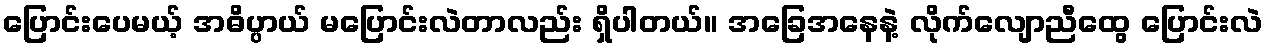
ပြောင်းပေမယ့် အဓိပ္ပာယ် မပြောင်းလဲတာလည်း ရှိပါတယ်။ အခြေအနေနဲ့ လိုက်လျောညီထွေ ပြောင်းလဲ